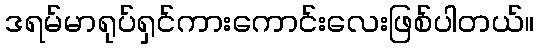
ဒရမ်မာရုပ်ရှင်ကားကောင်းလေးဖြစ်ပါတယ်။